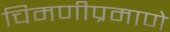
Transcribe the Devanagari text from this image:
चिमणीप्रमाणे